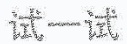
试一试